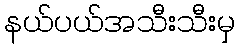
နယ်ပယ်အသီးသီးမှ